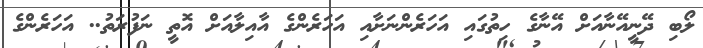
ލޯބި ދޭނީއޭނާއަށް އޭނާގެ ހިތުގައި އަހަރެންނަށާއި އަހަރެންގެ އާއިލާއަށް އޮތީ ނަފުރަތު.. އަހަރެންގެ